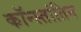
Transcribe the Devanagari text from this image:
कॉन्स्तांतिन